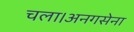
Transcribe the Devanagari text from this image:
चला।अनगसेना